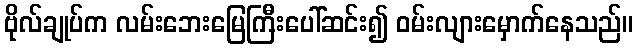
ဗိုလ်ချုပ်က လမ်းဘေးမြေကြီးပေါ်ဆင်း၍ ဝမ်းလျားမှောက်နေသည်။